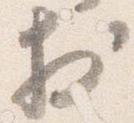
於